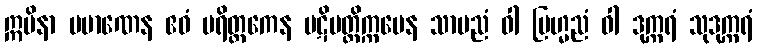
ဣမိနာ ပမာဏေန ဧဝံ ပရိတ္တကေန ပဋိပတ္တိက္ကမေန သာမညံ ဝါ ဗြဟ္မညံ ဝါ ဒုက္ကရံ သုဒုက္ကရံ